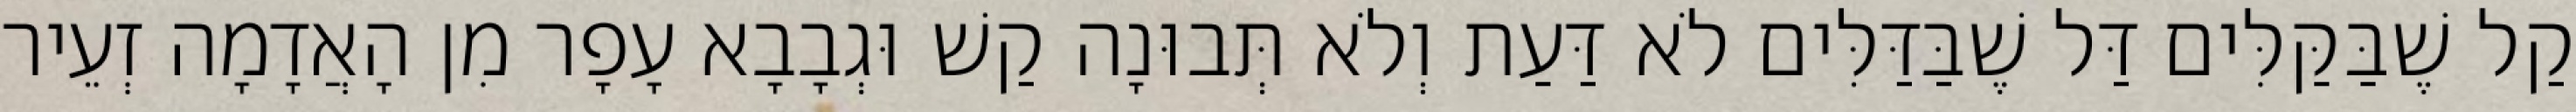
קַל שֶׁבַּקַּלִּים דַּל שֶׁבַּדַּלִּים לֹא דַּעַת וְלֹא תְּבוּנָה קַשׁ וּגְבָבָא עָפָר מִן הָאֲדָמָה זְעֵיר